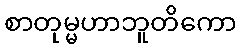
စာတုမ္မဟာဘူတိကော